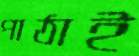
পাঠাই